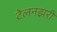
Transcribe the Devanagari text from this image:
टेलनझरी